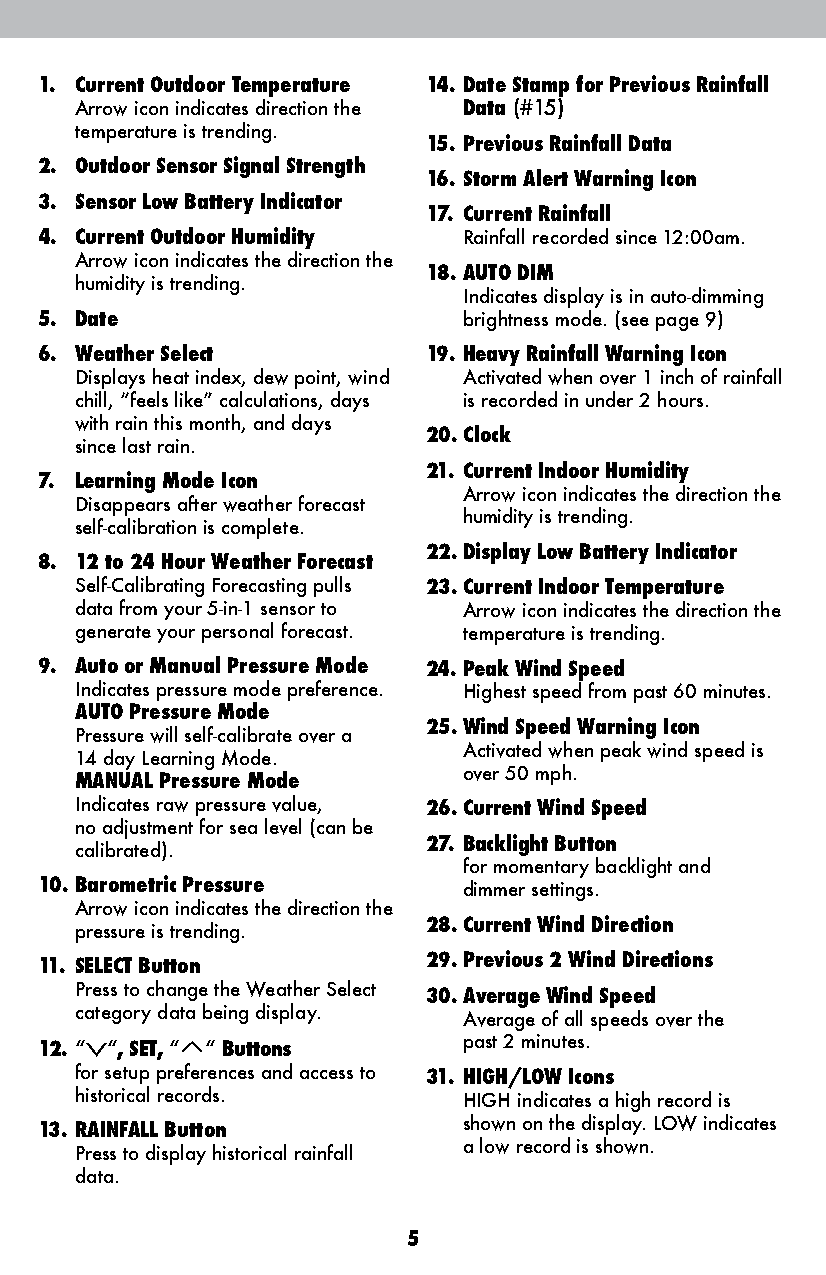
1. Current Outdoor Temperature 14. Date Stamp for Previous Rainfall
 Arrow icon indicates direction the Data (#15)
 temperature is trending.
 15. Previous Rainfall Data
 2. Outdoor Sensor Signal Strength
 16. Storm Alert Warning Icon
 3. Sensor Low Battery Indicator
 17. Current Rainfall
 4. Current Outdoor Humidity  Rainfall recorded since 12:00am.
 Arrow icon indicates the direction the
 18. AUTO DIM
 humidity is trending.
 Indicates display is in auto-dimming
 5. Date                      brightness mode. (see page 9)
 6. Weather Select         19. Heavy Rainfall Warning Icon
 Displays heat index, dew point, wind Activated when over 1 inch of rainfall
 chill, “feels like” calculations, days is recorded in under 2 hours.
 with rain this month, and days
 20. Clock
 since last rain.
 21. Current Indoor Humidity
 7. Learning Mode Icon
 Arrow icon indicates the direction the
 Disappears after weather forecast
 humidity is trending.
 self-calibration is complete.
 22. Display Low Battery Indicator
 8. 12 to 24 Hour Weather Forecast
 Self-Calibrating Forecasting pulls 23. Current Indoor Temperature
 data from your 5-in-1 sensor to Arrow icon indicates the direction the
 generate your personal forecast. temperature is trending.
 9. Auto or Manual Pressure Mode 24. Peak Wind Speed
 Indicates pressure mode preference. Highest speed from past 60 minutes.
 AUTO Pressure Mode
 25. Wind Speed Warning Icon
 Pressure will self-calibrate over a
 Activated when peak wind speed is
 14 day Learning Mode.
 over 50 mph.
 MANUAL Pressure Mode
 Indicates raw pressure value, 26. Current Wind Speed
 no adjustment for sea level (can be
 27. Backlight Button
 calibrated).
 for momentary backlight and
 10. Barometric Pressure      dimmer settings.
 Arrow icon indicates the direction the
 28. Current Wind Direction
 pressure is trending.
 11. SELECT Button         29. Previous 2 Wind Directions
 Press to change the Weather Select 30. Average Wind Speed
 category data being display.
 Average of all speeds over the
 12. “V“, SET, “T“ Buttons    past 2 minutes.
 for setup preferences and access to 31. HIGH/LOW Icons
 historical records.       HIGH indicates a high record is
 shown on the display. LOW indicates
 13. RAINFALL Button
 a low record is shown.
 Press to display historical rainfall
 data.
 5